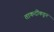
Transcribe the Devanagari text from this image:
ताकदींकडून